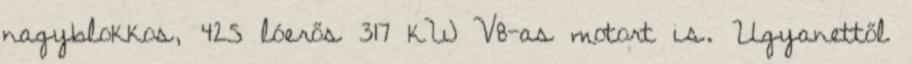
nagyblokkos, 425 lóerős 317 kW V8-as motort is. Ugyanettől